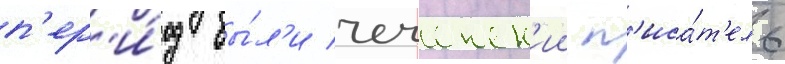
п'ер'и́од бы́л'и чеченск'ии п'иса́т'ель